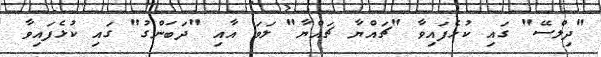
"ދިލްސޭ" ގައި ކުޅެފައިވާ "ޗައްޔާ ޗައްޔާ" ލަވަ އާއި "ދަބަންގު" ގައި ކުޅެފައިވާ